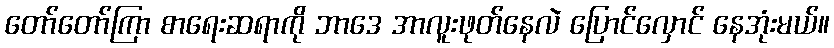
တော်တော်ကြာ စာရေးဆရာကို ဘာဒေ အာလူးဖုတ်နေလဲ ပြောင်လှောင် နေအုံးမယ်။